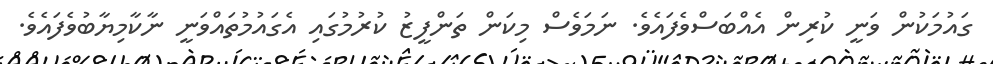
ގައުމަކުން ވަނީ ކުރިން އެއްބަސްވެފައެވެ. ނަމަވެސް މިކަން ތަންފީޒު ކުރުމުގައި އެގައުމުތައްވަނީ ނާކާމިޔާބުވެފައެވެ.